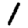
Digit: 1